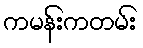
ကမန်းကတမ်း